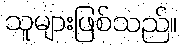
သူများဖြစ်သည်။